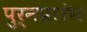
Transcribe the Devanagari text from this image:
पुर्नप्रारंभ